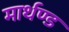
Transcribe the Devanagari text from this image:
मार्थण्ड